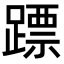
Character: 𨄏